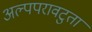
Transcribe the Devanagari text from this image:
अल्पपरावटुता